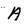
Character: A